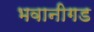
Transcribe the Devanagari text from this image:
भवानीगड